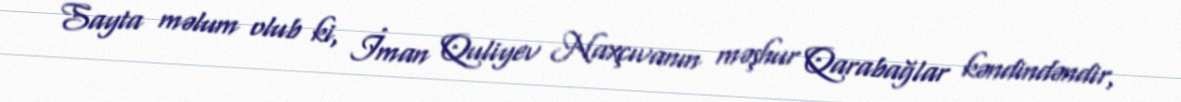
Sayta məlum olub ki, İman Quliyev Naxçıvanın məşhur Qarabağlar kəndindəndir,